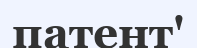
патент'